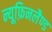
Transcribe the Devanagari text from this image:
न्यूफ़िनलैण्ड